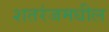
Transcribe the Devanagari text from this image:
शतरंजमधील